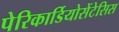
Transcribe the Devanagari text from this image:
पेरिकार्डियोसेंटेसिस